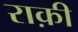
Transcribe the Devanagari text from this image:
राक़ी